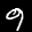
Label: 9